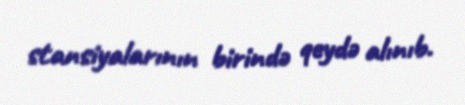
stansiyalarının birində qeydə alınıb.